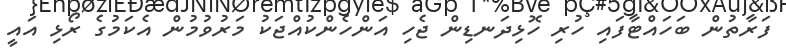
ފަރާތުން ބަހައްޓާފައި ހުރި ހޮޅިދަނޑިން ޖެހި އަންހެންކުއްޖަކު މަރުވުމުން އެކަމުގެ ރޯޅި އައީ